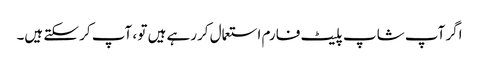
اگر آپ شاپ پلیٹ فارم استعمال کررہے ہیں تو ، آپ کر سکتے ہیں۔